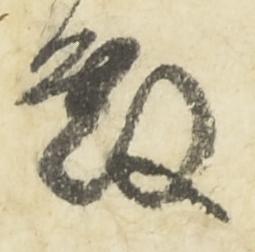
殿